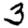
Digit: 3